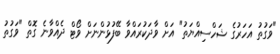
"ވަގުތު އަހަރުގެ ޝަހްސިއްޔަތު" އަށް ވާދަކުރައްވާ ބޭފުޅުންނަށް ވޯޓް ދެއްވާނެ ގޮތް "ވަގުތު